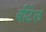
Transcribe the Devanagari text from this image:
बीटेल